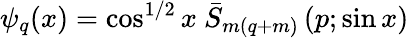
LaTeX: \psi_{q}(x)=\cos^{1/2}x\ \bar{S}_{m(q+m)}\left(p;\sin x\right)